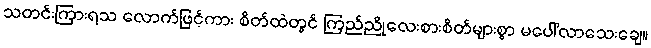
သတင်းကြားရသ လောက်ဖြင့်ကား စိတ်ထဲတွင် ကြည်ညိုလေးစားစိတ်များစွာ မပေါ်လာသေးချေ။